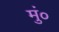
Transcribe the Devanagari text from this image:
मुं०